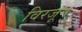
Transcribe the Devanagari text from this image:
विरजून